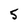
Character: 5